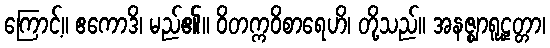
ကြောင့်။ ဧကောဒိ၊ မည်၏။ ဝိတက္ကဝိစာရေဟိ၊ တို့သည်။ အနဇ္ဈာရူဠှတ္တာ၊